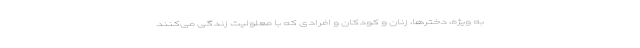
به ویژه، دخترها، زنان و کودکان و افرادی که با معلولیت زندگی می‌کنند